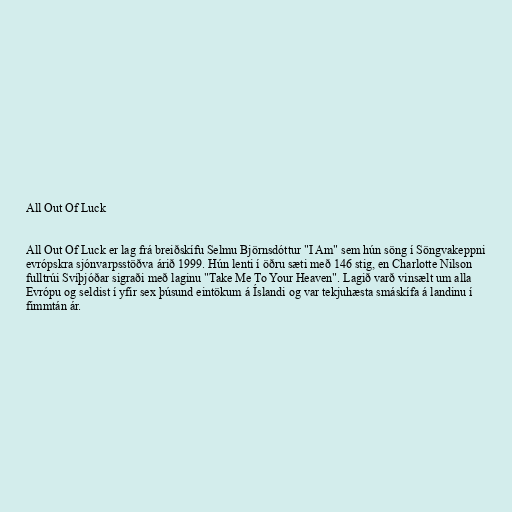
All Out Of Luck

All Out Of Luck er lag frá breiðskífu Selmu Björnsdóttur "I Am" sem hún söng í Söngvakeppni
evrópskra sjónvarpsstöðva árið 1999. Hún lenti í öðru sæti með 146 stig, en Charlotte Nilson
fulltrúi Svíþjóðar sigraði með laginu "Take Me To Your Heaven". Lagið varð vinsælt um alla
Evrópu og seldist í yfir sex þúsund eintökum á Íslandi og var tekjuhæsta smáskífa á landinu í
fimmtán ár.